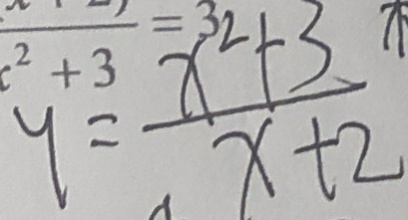
y = \frac { x ^ { 2 } + 3 } { x + 2 }